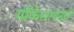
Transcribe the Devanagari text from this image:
यॉर्कशायरचे